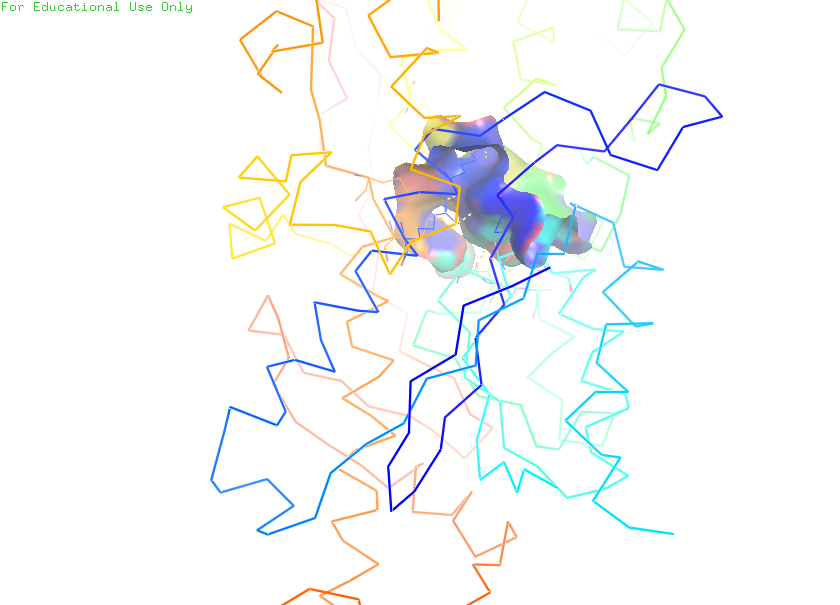
pymol, preset, ligand_sites